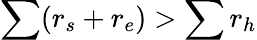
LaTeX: \sum(r_{s}+r_{e})>\sum r_{h}